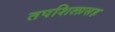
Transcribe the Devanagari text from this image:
तपशिलासह